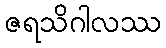
ဇရသိဂါလဿ